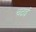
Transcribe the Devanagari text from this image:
चदाई